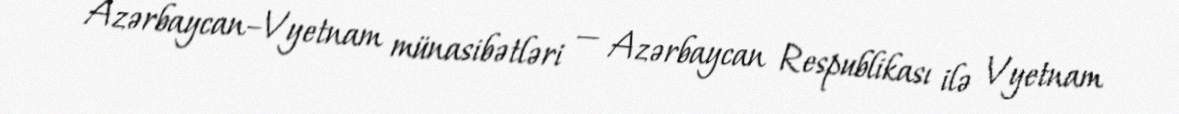
Azərbaycan–Vyetnam münasibətləri — Azərbaycan Respublikası ilə Vyetnam